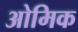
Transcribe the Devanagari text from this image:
ओमिक